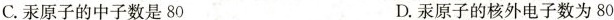
C.汞原子的中子数是80 D.汞原子的核外电子数为80